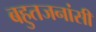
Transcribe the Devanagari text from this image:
बहुतजनांसी